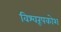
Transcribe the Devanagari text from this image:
विश्वरूपकोश